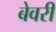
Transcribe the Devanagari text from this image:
बेवरी